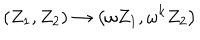
LaTeX: \left( Z _ { 1 } , Z _ { 2 } \right) \rightarrow \left( \omega Z _ { 1 } , \omega ^ { k } Z _ { 2 } \right)